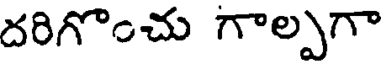
దరిగొంచు గాల్పగా